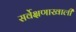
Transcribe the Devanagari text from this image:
सर्वेक्षणाखाली